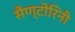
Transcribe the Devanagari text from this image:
सैण्टोरिनी